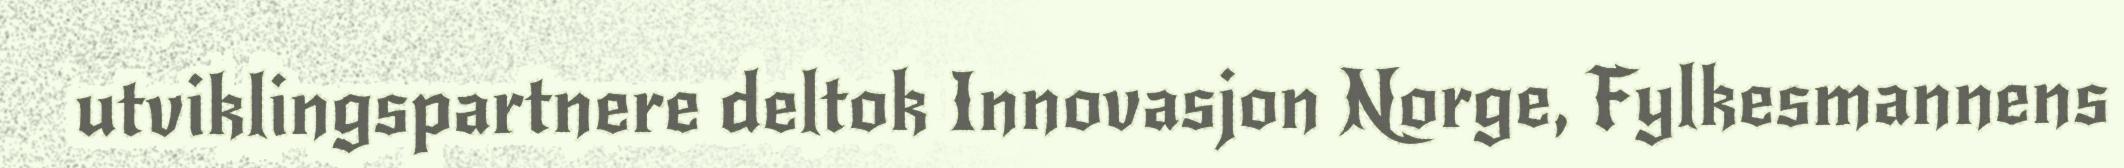
utviklingspartnere deltok Innovasjon Norge, Fylkesmannens